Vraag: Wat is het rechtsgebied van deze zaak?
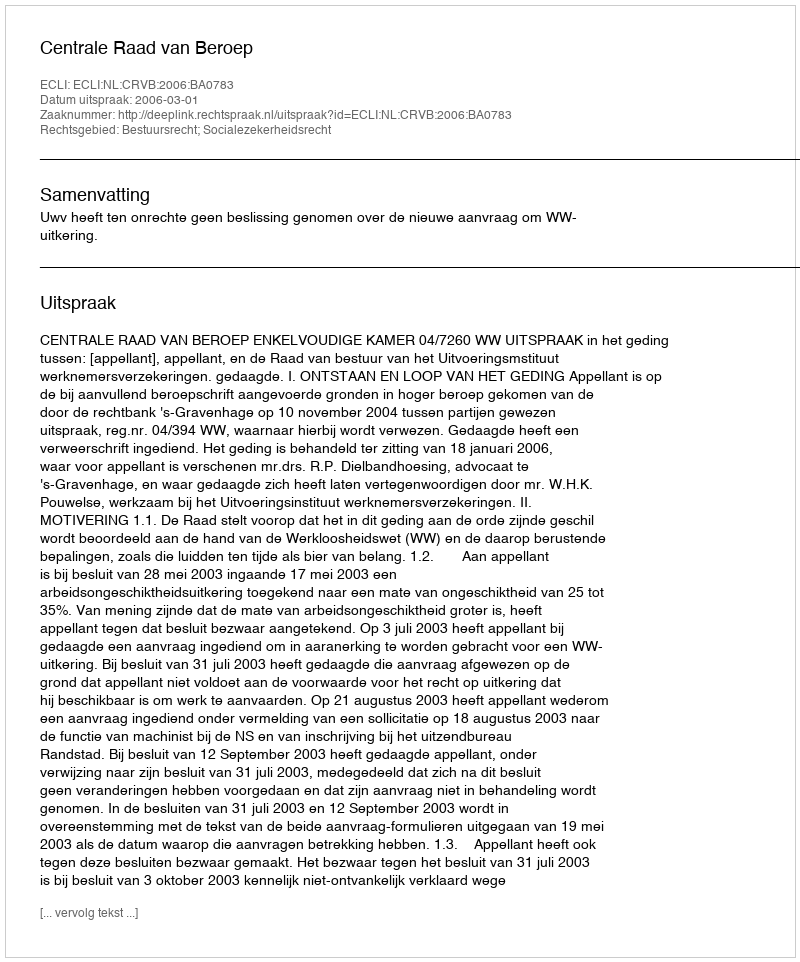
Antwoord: Bestuursrecht; Socialezekerheidsrecht